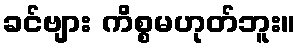
ခင်ဗျား ကိစ္စမဟုတ်ဘူး။